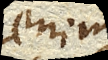
enim